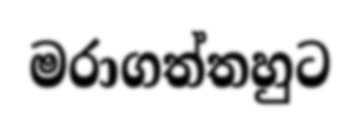
මරාගත්තහුට